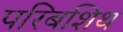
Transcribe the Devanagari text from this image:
परिबशिथ